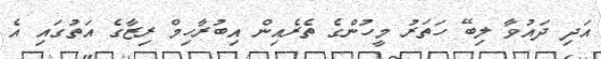
އަދި ދައުވާ ލިބޭ ހަތަރު މީހުންގެ ތެރެއިން އިބުރާހިމް ރިޒާގެ އަތުގައި އެ